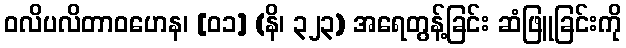
ဝလိပလိတာဝဟေန၊ [၀၁] (နိ၊ ၃၂၃) အရေတွန့်ခြင်း ဆံဖြူခြင်းကို